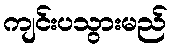
ကျင်းပသွားမည်